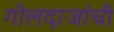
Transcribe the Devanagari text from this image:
गोलदाजांची